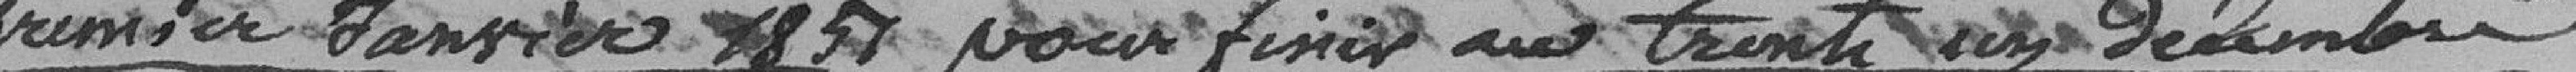
premier Janvier 1857 pour finir au trente un Décembre